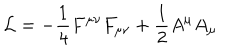
{ \cal { L } } = - \frac { 1 } { 4 } F ^ { \mu \nu } F _ { \mu \nu } + \frac { 1 } { 2 } A ^ { \mu } A _ { \mu }